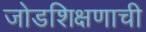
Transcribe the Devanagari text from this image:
जोडशिक्षणाची